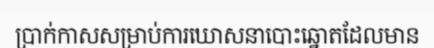
ប្រាក់កាសសម្រាប់ការឃោសនាបោះឆ្នោតដែលមាន